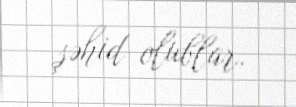
şəhid olublar.